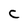
Character: C